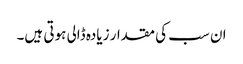
ان سب کی مقدار زیادہ ڈالی ہوتی ہیں۔